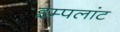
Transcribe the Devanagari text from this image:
इम्पलांट